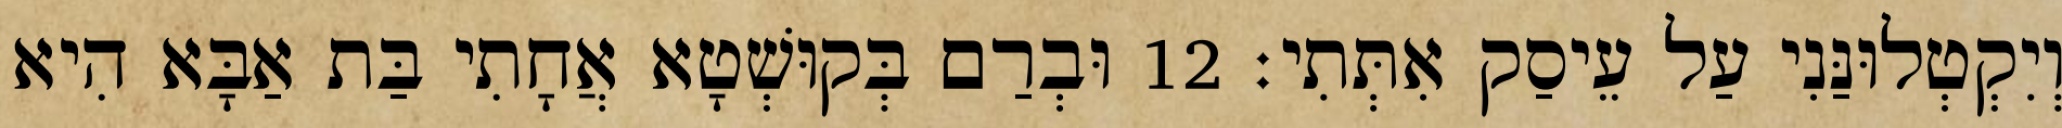
וְיִקְטְלוּנַּנִי עַל עֵיסַק אִתְּתִי׃ 12 וּבְרַם בְּקוּשְׁטָא אֲחָתִי בַּת אַבָּא הִיא